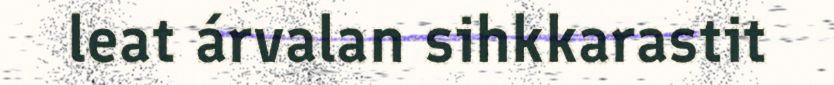
leat árvalan sihkkarastit